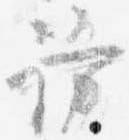
訪